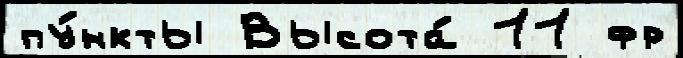
пу́нкты Высота́ 11 фр